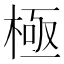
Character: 極